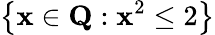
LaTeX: \left\{ \mathbf{x}\in\mathbf{{Q}}:\mathbf{x}^{2}\leq2\right\}